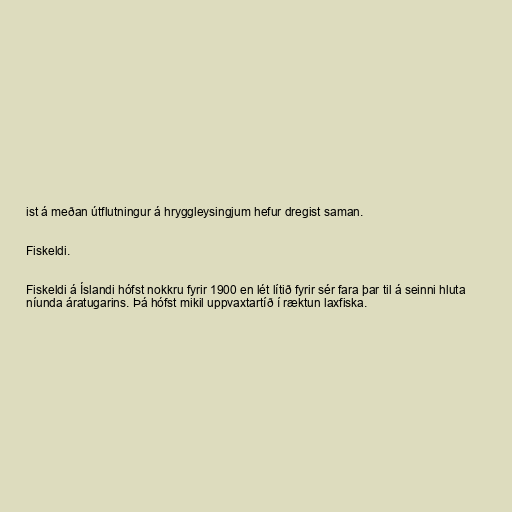
ist á meðan útflutningur á hryggleysingjum hefur dregist saman.

Fiskeldi.

Fiskeldi á Íslandi hófst nokkru fyrir 1900 en lét lítið fyrir sér fara þar til á seinni hluta
níunda áratugarins. Þá hófst mikil uppvaxtartíð í ræktun laxfiska.